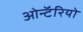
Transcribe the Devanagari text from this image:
ओन्टॅरियो